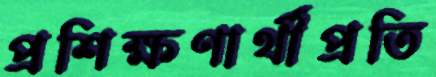
প্রশিক্ষণার্থীপ্রতি